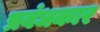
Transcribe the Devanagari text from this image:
प्रबंधकार